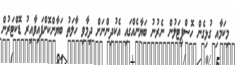
މިކަމާއި ގުޅިގެން ހޮސްޕިޓަލުން ނެރުނު ބަޔާނެއްގައި އެކުދިންނަށް ދިމާވި ހާލަތު ބަޔާންކޮށްފައިވާއިރު ޑޮކްޓަރުން